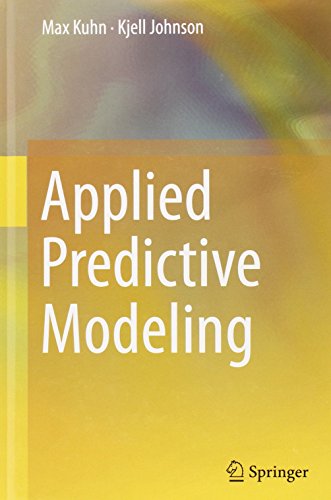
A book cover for Applied Predictive Modeling; Max Kuhn; Computers & Technology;